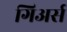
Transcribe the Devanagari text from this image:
गिअर्स